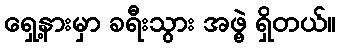
ရှေ့နားမှာ ခရီးသွား အဖွဲ့ ရှိတယ်။